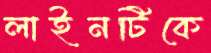
লাইনটিকে